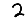
Digit: 2